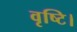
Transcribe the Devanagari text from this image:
वृष्टि।